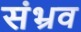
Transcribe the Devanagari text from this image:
संभ्रव